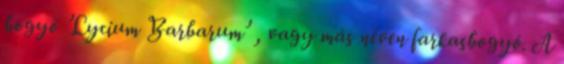
bogyó ’Lycium Barbarum’ , vagy más néven farkasbogyó. A